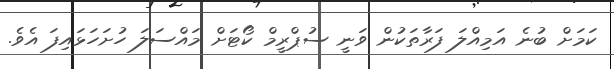
ކަމަށް ބުނެ އަމިއްލަ ފަރާތަކުން ވަނީ ސުޕްރީމް ކޯޓަށް މައްސަލަ ހުށަހަޅައިފަ އެވެ.